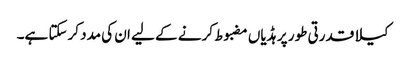
کیلا قدرتی طور پر ہڈیاں مضبوط کرنے کے لیے ان کی مدد کرسکتا ہے۔